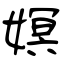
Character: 嫇